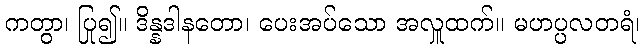
ကတွာ၊ ပြု၍။ ဒိန္နဒါနတော၊ ပေးအပ်သော အလှူထက်။ မဟပ္ပလတရံ၊